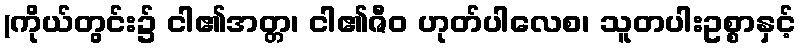
(ကိုယ်တွင်း၌ ငါ၏အတ္တ၊ ငါ၏ဇီဝ ဟုတ်ပါလေစ၊ သူတပါးဥစ္စာနှင့်